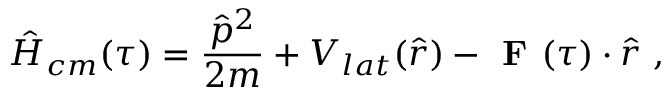
\hat { H } _ { c m } ( \tau ) = \frac { \hat { p } ^ { 2 } } { 2 m } + V _ { l a t } ( \hat { r } ) - \textbf { F } ( \tau ) \cdot \hat { r } ~ ,